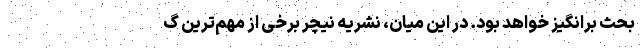
بحث برانگیز خواهد بود. در این میان، نشریه نیچر برخی از مهم‌ترین گ